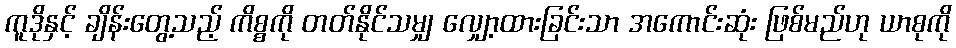
ကူဒိုနှင့် ချိန်းတွေ့သည့် ကိစ္စကို တတ်နိုင်သမျှ လျှော့ထားခြင်းသာ အကောင်းဆုံး ဖြစ်မည်ဟု ယာစုကို